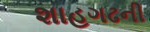
શાહગઢની